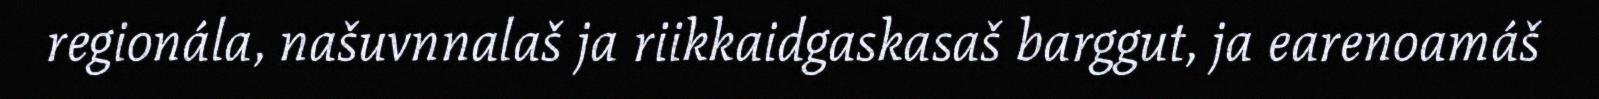
regionála, našuvnnalaš ja riikkaidgaskasaš barggut, ja earenoamáš